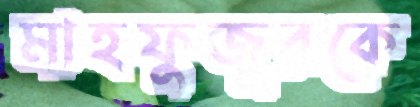
মাহফুজুরকে